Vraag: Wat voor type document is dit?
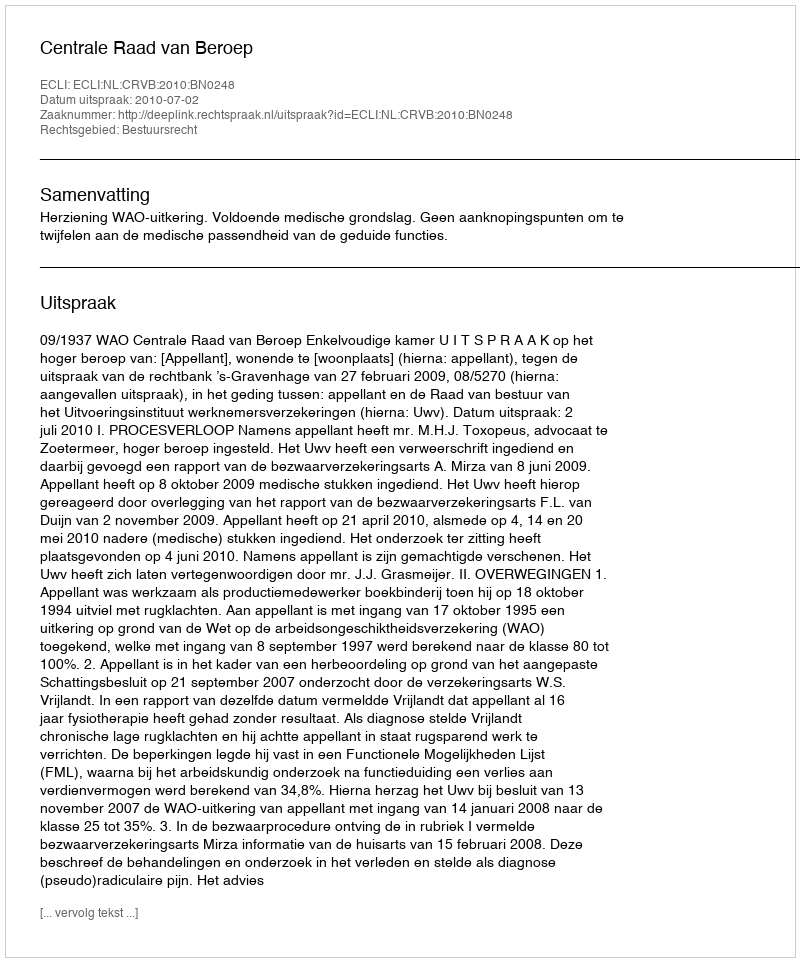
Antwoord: Uitspraak